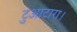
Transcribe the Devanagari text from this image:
टुआटारा।